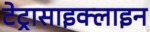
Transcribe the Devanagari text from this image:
टेट्रासाइक्लाइन